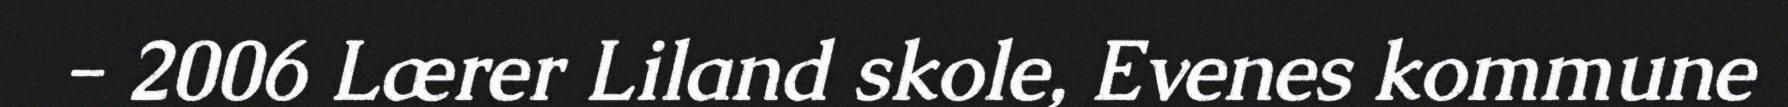
- 2006 Lærer Liland skole, Evenes kommune